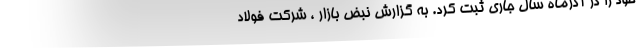
خود را در آذرماه سال جاری ثبت کرد. به گزارش نبض بازار ، شرکت فولاد